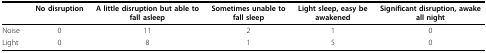
<table><thead><tr><td></td><td><b>No disruption</b></td><td><b>A little disruption but able to fall asleep</b></td><td><b>Sometimes unable to fall sleep</b></td><td><b>Light sleep, easy be awakened</b></td><td><b>Significant disruption, awake all night</b></td></tr></thead><tbody><tr><td>Noise</td><td>0</td><td>11</td><td>2</td><td>1</td><td>0</td></tr><tr><td>Light</td><td>0</td><td>8</td><td>1</td><td>5</td><td>0</td></tr></tbody></table>